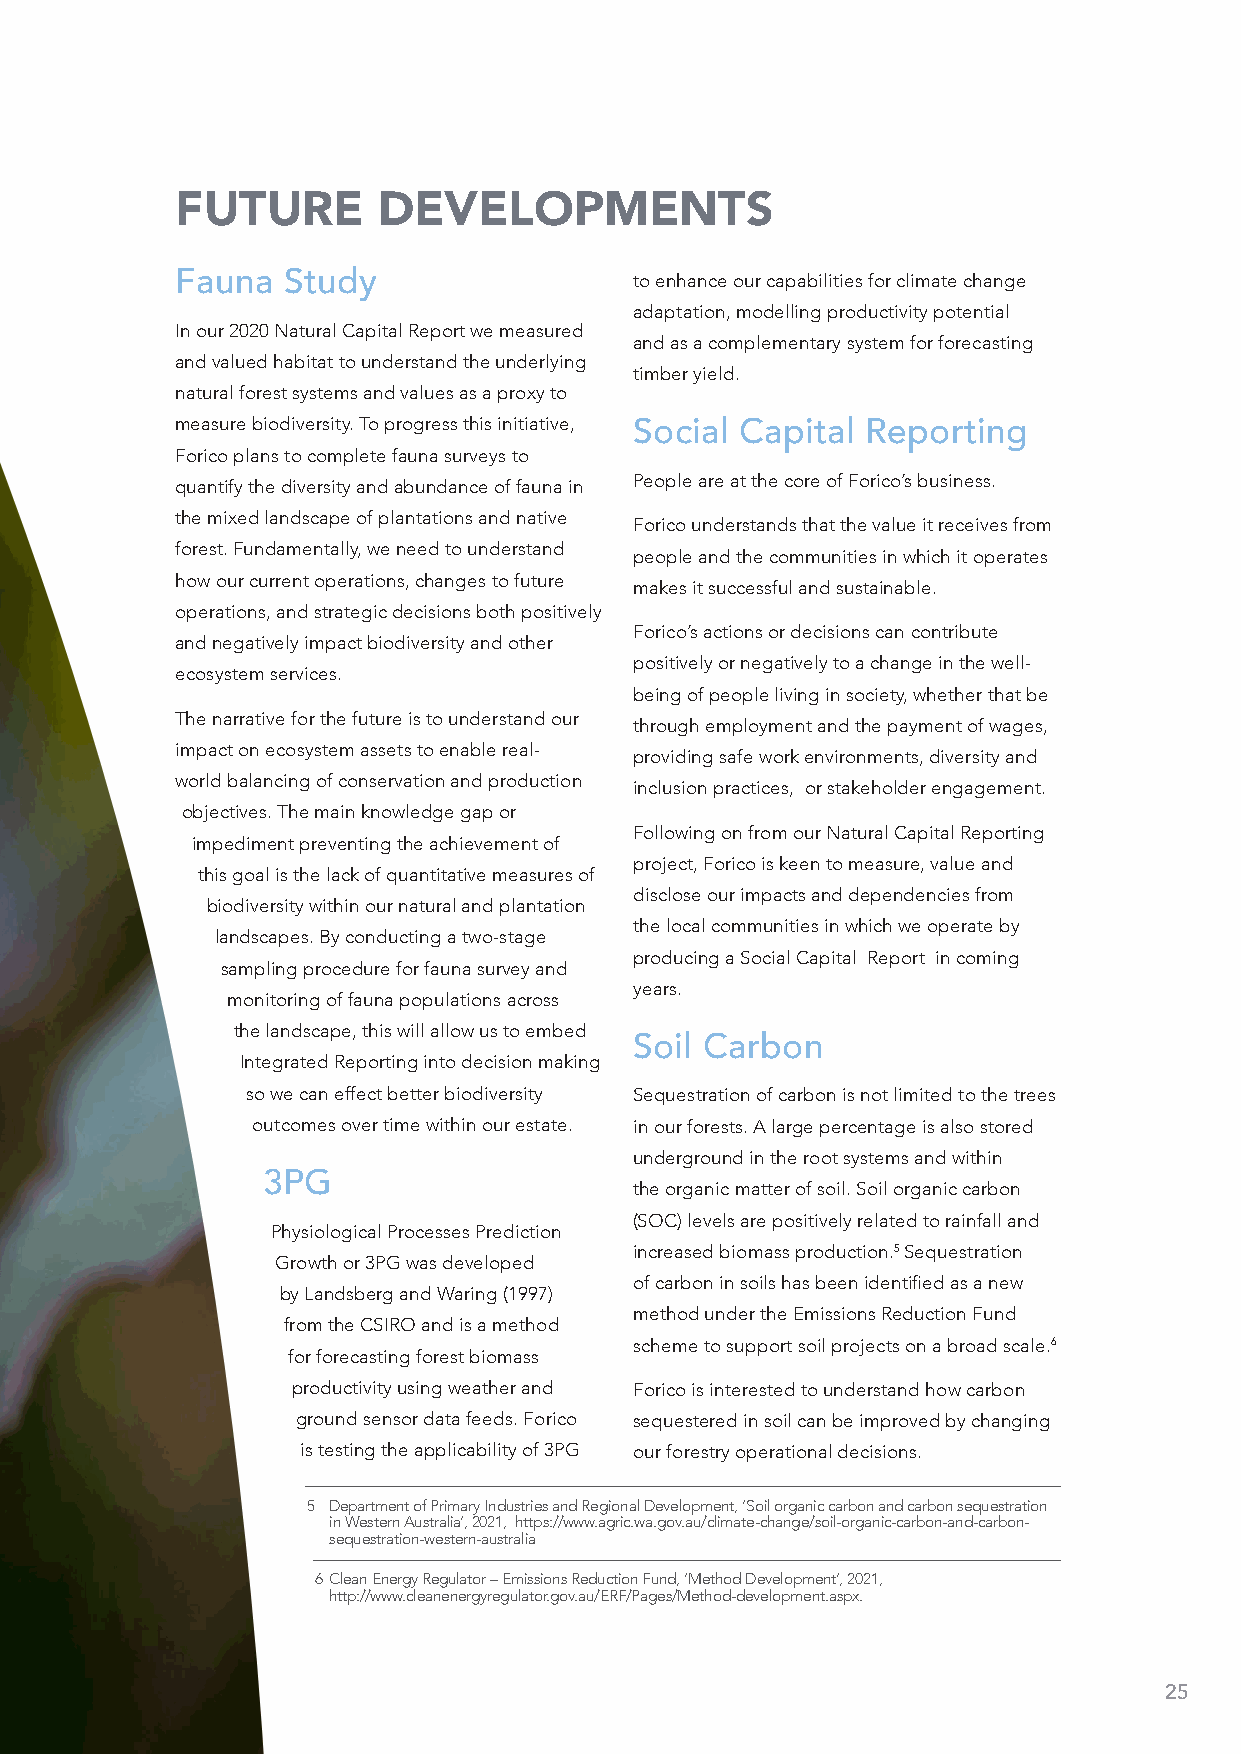
FUTURE       DEVELOPMENTS
 Fauna  Study                  to enhance our capabilities for climate change
 adaptation, modelling productivity potential
 In our 2020 Natural Capital Report we measured
 and as a complementary system for forecasting
 and valued habitat to understand the underlying
 timber yield.
 natural forest systems and values as a proxy to
 measure biodiversity. To progress this initiative, Social Capital Reporting
 Forico plans to complete fauna surveys to
 quantify the diversity and abundance of fauna in People are at the core of Forico’s business.
 the mixed landscape of plantations and native
 Forico understands that the value it receives from
 forest. Fundamentally, we need to understand
 people and the communities in which it operates
 how our current operations, changes to future
 makes it successful and sustainable.
 operations, and strategic decisions both positively
 Forico’s actions or decisions can contribute
 and negatively impact biodiversity and other
 positively or negatively to a change in the well-
 ecosystem services.
 being of people living in society, whether that be
 The narrative for the future is to understand our
 through employment and the payment of wages,
 impact on ecosystem assets to enable real-
 providing safe work environments, diversity and
 world balancing of conservation and production
 inclusion practices, or stakeholder engagement.
 objectives. The main knowledge gap or
 Following on from our Natural Capital Reporting
 impediment preventing the achievement of
 project, Forico is keen to measure, value and
 this goal is the lack of quantitative measures of
 disclose our impacts and dependencies from
 biodiversity within our natural and plantation
 the local communities in which we operate by
 landscapes. By conducting a two-stage
 producing a Social Capital Report in coming
 sampling procedure for fauna survey and
 years.
 monitoring of fauna populations across
 the landscape, this will allow us to embed
 Soil Carbon
 Integrated Reporting into decision making
 so we can effect better biodiversity Sequestration of carbon is not limited to the trees
 outcomes over time within our estate. in our forests. A large percentage is also stored
 underground in the root systems and within
 3PG
 the organic matter of soil. Soil organic carbon
 (SOC) levels are positively related to rainfall and
 Physiological Processes Prediction
 increased biomass production.5 Sequestration
 Growth or 3PG was developed
 of carbon in soils has been identified as a new
 by Landsberg and Waring (1997)
 method under the Emissions Reduction Fund
 from the CSIRO and is a method
 scheme to support soil projects on a broad scale.6
 for forecasting forest biomass
 productivity using weather and Forico is interested to understand how carbon
 ground sensor data feeds. Forico sequestered in soil can be improved by changing
 is testing the applicability of 3PG our forestry operational decisions.
 5 D epartment of Primary Industries and Regional Development, ‘Soil organic carbon and carbon sequestration
 in Western Australia’, 2021, https://www.agric.wa.gov.au/climate-change/soil-organic-carbon-and-carbon-
 sequestration-western-australia
 6 C lean Energy Regulator – Emissions Reduction Fund, ‘Method Development’, 2021,
 http://www.cleanenergyregulator.gov.au/ERF/Pages/Method-development.aspx.
 25